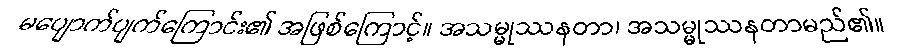
မပျောက်ပျက်ကြောင်း၏ အဖြစ်ကြောင့်။ အသမ္မုဿနတာ၊ အသမ္မုဿနတာမည်၏။